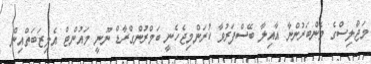
މަޖްލިސްގެ މެންބަރުންނާ އާއިލާ ބޭސްފަރުވާ ކުރަންމިޖެހެނީ ބަމްރުންގްރާޑް ނޫނީ މައުންޓް އެލިޒަބަތްއިން